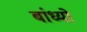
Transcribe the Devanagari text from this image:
बांध्‍यो